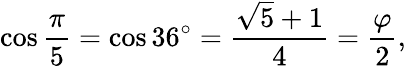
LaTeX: \cos{\frac{\pi}{5}}=\cos 36^{\circ}={\frac{{\sqrt{5}}+1}{4}}={\frac{\varphi}{2}},